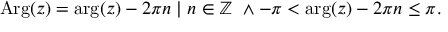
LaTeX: \operatorname { A r g } ( z ) = \arg ( z ) - 2 \pi n \; | \; n \in \mathbb { Z } \ \land - \pi < \arg ( z ) - 2 \pi n \leq \pi .